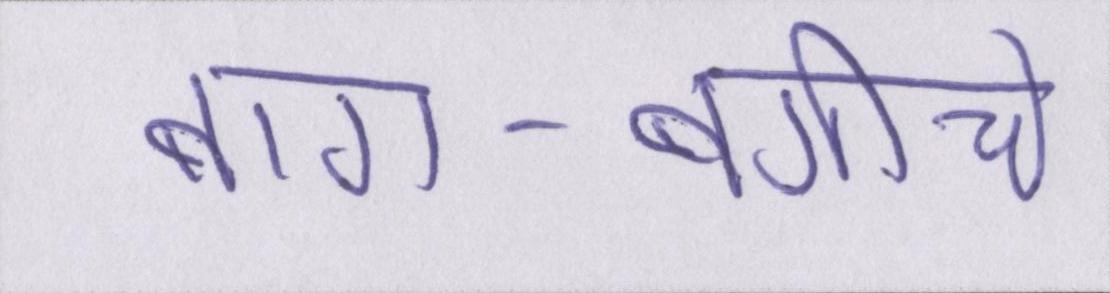
बाग-बगीचे